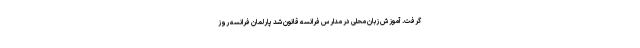
گرفت. آموزش زبان محلی در مدارس فرانسه قانون شد پارلمان فرانسه روز